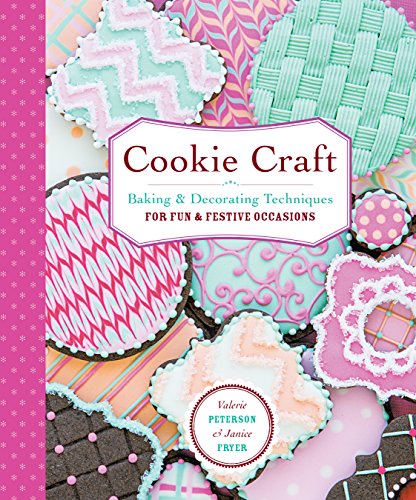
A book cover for Cookie Craft: Baking & Decorating Techniques for Fun & Festive Occasions; Valerie Peterson; Cookbooks, Food & Wine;